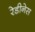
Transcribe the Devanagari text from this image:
रेडीनेस